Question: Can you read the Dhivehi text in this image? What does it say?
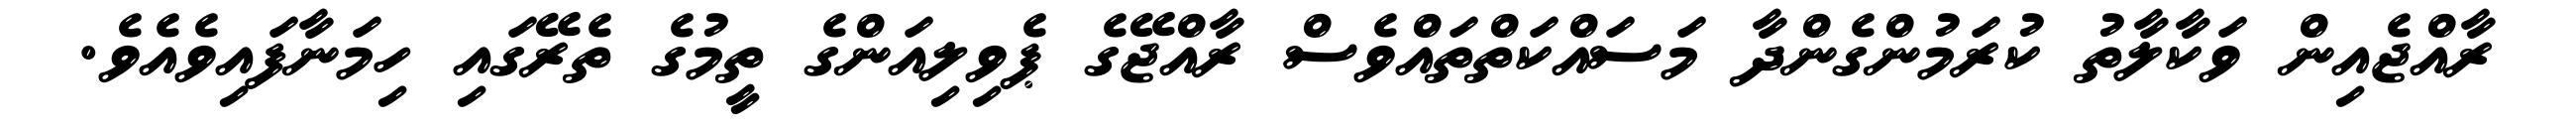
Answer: ރާއްޖެއިން ވަކާލާތު ކުރަމުންގެންދާ މަސައްކަތްތައްވެސް ރާއްޖޭގެ ޕެވިލިއަންގެ ތީމުގެ ތެރޭގައި ހިމަނާފައިވެއެވެ.